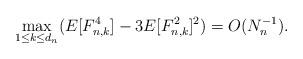
LaTeX: \begin{align*}\max_{1\leq k\leq d_n}(E[F_{n,k}^4]-3E[F_{n,k}^2]^2)=O(N_n^{-1}).\end{align*}